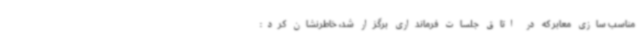
مناسب سازی معابر که در اتاق جلسات فرمانداری برگزار شد، خاطرنشان کرد: